Leaving Certificate Examination (including Day School Certificate (Higher) General paper), 1938
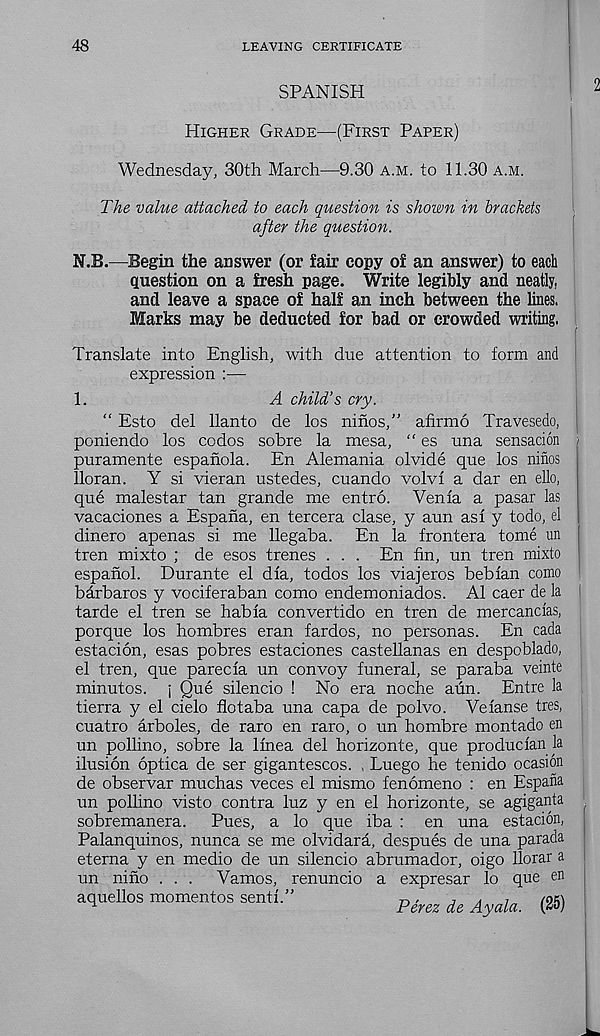
48
LEAVING CERTIFICATE
SPANISH
Higher Grade—(First Paper)
Wednesday, 30th March—9.30 a.m. to 11.30 a.m.
The value attached to each question is shown in brackets
after the question.
N.B.—Begin the answer (or fair copy of an answer) to each
question on a fresh page. Write legibly and neatly,
and leave a space of half an inch between the lines.
Marks may be deducted for bad or crowded writing,
Translate into English, with due attention to form and
expression :—
1.
A child’s cry.
“ Esto del llanto de los ninos,” afirmo Travesedo,
poniendo los codes sobre la mesa, “ es una sensacion
puramente espanola. En Alemania olvide que los ninos
lloran. Y si vieran ustedes, cuando volvf a dar en ello,
que malestar tan grande me entro. Yen la a pasar las
vacaciones a Espana, en tercera clase, y aun as! y todo, el
dinero apenas si me llegaba. En la frontera tome un
tren mixto ; de esos trenes . . . En fin, un tren mixto
espanol. Durante el dla, todos los viajeros beblan como
bdrbaros y vociferaban como endemoniados. A1 caer de la
tarde el tren se habla convertido en tren de mercanclas,
porque los hombres eran fardos, no personas. En cada
estacion, esas pobres estaciones castellanas en despoblado,
el tren, que parecla un convoy funeral, se paraba veinte
minutos. j Que silencio ! No era noche aun. Entre la
tierra y el cielo flotaba una capa de polvo. Velanse ties,
cuatro arboles, de raro en raro, o un hombre montado en
un pollino, sobre la llnea del horizonte, que produclan la
ilusion optica de ser gigantescos. , Luego he tenido ocasion
de observar muchas veces el mismo fenomeno : en Espafia
un pollino visto contra luz y en el horizonte, se agiganta
sobremanera.
Pues, a lo que iba : en una estacion,
Palanquinos, nunca se me olvidara, despues de una parada
eterna y en medio de un silencio abrumador, oigo llorar a
un nino . . .
Vamos, renuncio a expresar lo que en
aquellos mementos sent!.”
Perez de Ayala. (25)